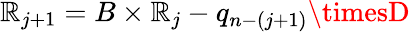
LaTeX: \mathbb{R}_{j+1}=B\times\mathbb{R}_{j}-q_{n-(j+1)}\timesD